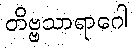
တိဗ္ဗသာရာဂေါ